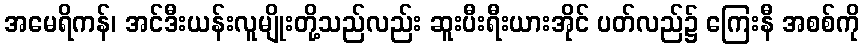
အမေရိကန်၊ အင်ဒီးယန်းလူမျိုးတို့သည်လည်း ဆူးပီးရီးယားအိုင် ပတ်လည်၌ ကြေးနီ အစစ်ကို